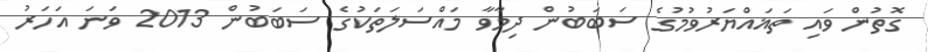
ގޮތުން ވައި ތަޣައްޔަރުވުމުގެ ސަބަބުން ދިމާވާ މައްސަލަތަކުގެ ސަބަބުން 2013 ވަނަ އަހަރު